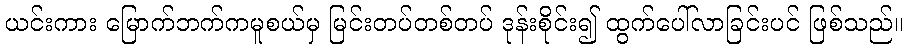
ယင်းကား မြောက်ဘက်ကမူစယ်မှ မြင်းတပ်တစ်တပ် ဒုန်းစိုင်း၍ ထွက်ပေါ်လာခြင်းပင် ဖြစ်သည်။